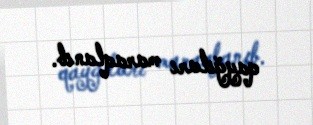
qayğıları maraqlanıb.